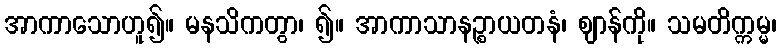
အာကာသောဟူ၍။ မနသိကတွာ၊ ၍။ အာကာသာနဉ္စာယတနံ၊ ဈာန်ကို။ သမတိက္ကမ္မ၊